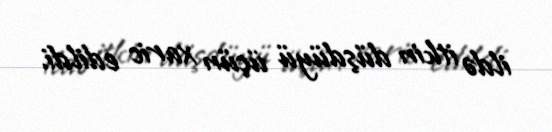
ildə itkin düşdüyü üçün xaric edildi.